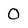
Character: 0